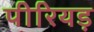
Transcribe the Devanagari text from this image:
पीरियड़